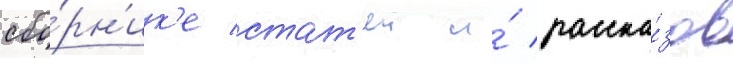
сбо́рн'ик'е стат'еи и́ расска́зов